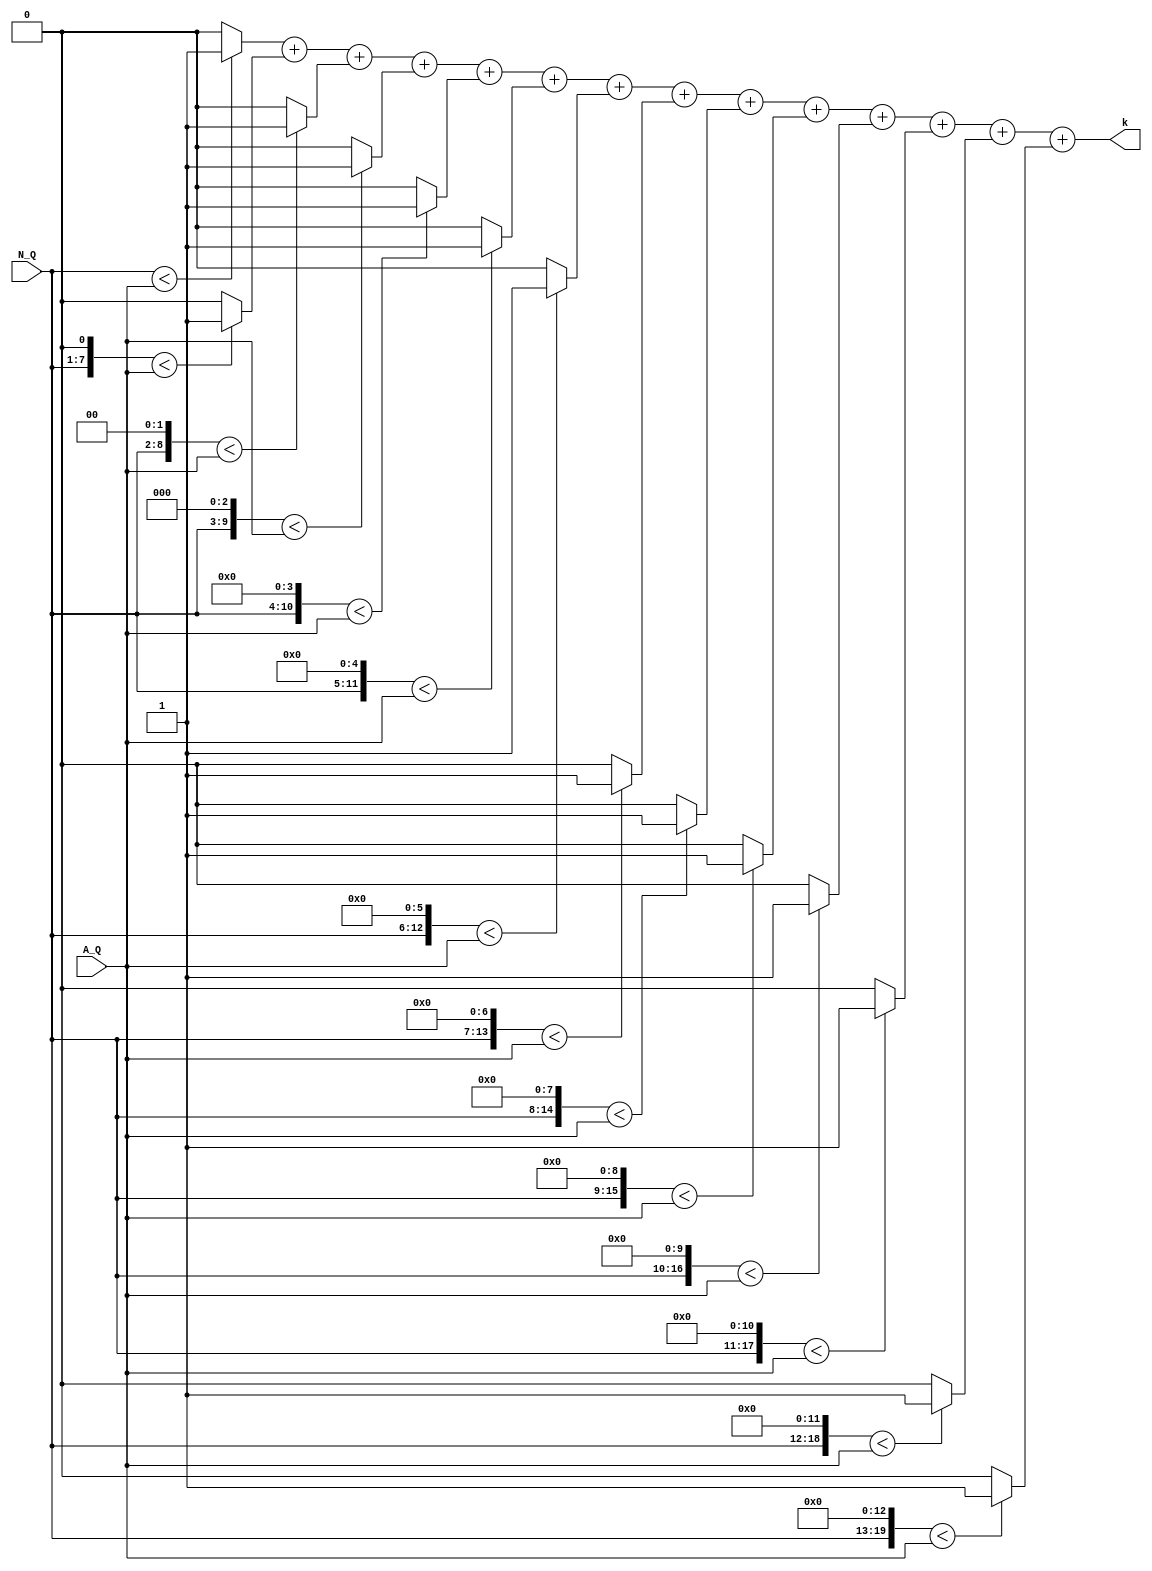
module golomb_k(N_Q, A_Q, k);
   
    input [6:0] N_Q;
    input [12:0] A_Q;
    output [3:0] k;
 

 
  
   wire [19:0] N_Q_temp;
	//wire [19:0] A_Q_temp;
   wire s0,s1,s2,s3,s4,s5,s6,s7,s8,s9,s10,s11,s12,s13;
   
   //wire [3:0] k_tmp1;	
 
	assign #1 N_Q_temp={8'b0000_0000,N_Q[6:0]};
	assign #1 s0=(N_Q_temp<A_Q)?1:0;
	//assign A_Q_temp={7'b0000_0000,A_Q[12:0]};
	assign #1 s1=((N_Q_temp<<1)<A_Q)?1:0;
	assign #1 s2=((N_Q_temp<<2)<A_Q)?1:0;
   assign #1 s3=((N_Q_temp<<3)<A_Q)?1:0;
	assign #1 s4=((N_Q_temp<<4)<A_Q)?1:0;
   assign #1 s5=((N_Q_temp<<5)<A_Q)?1:0;
	
	assign #1 s6=((N_Q_temp<<6)<A_Q)?1:0;
	assign #1 s7=((N_Q_temp<<7)<A_Q)?1:0;
   assign #1 s8=((N_Q_temp<<8)<A_Q)?1:0;
	assign #1 s9=((N_Q_temp<<9)<A_Q)?1:0;
   assign #1 s10=((N_Q_temp<<10)<A_Q)?1:0;
	
	assign #1 s11=((N_Q_temp<<11)<A_Q)?1:0;
	assign #1 s12=((N_Q_temp<<12)<A_Q)?1:0;
   assign #1 s13=((N_Q_temp<<13)<A_Q)?1:0;
	
   	
   assign #1 k=(s0&1'b1)+(s1&1'b1)+(s2&1'b1)+(s3&1'b1)+(s4&1'b1)+(s5&1'b1)
	         +(s6&1'b1)+(s7&1'b1)+(s8&1'b1)+(s9&1'b1)+(s10&1'b1)
				+(s11&1'b1)+(s12&1'b1)+(s13&1'b1);//+1'b1;
  
   

endmodule